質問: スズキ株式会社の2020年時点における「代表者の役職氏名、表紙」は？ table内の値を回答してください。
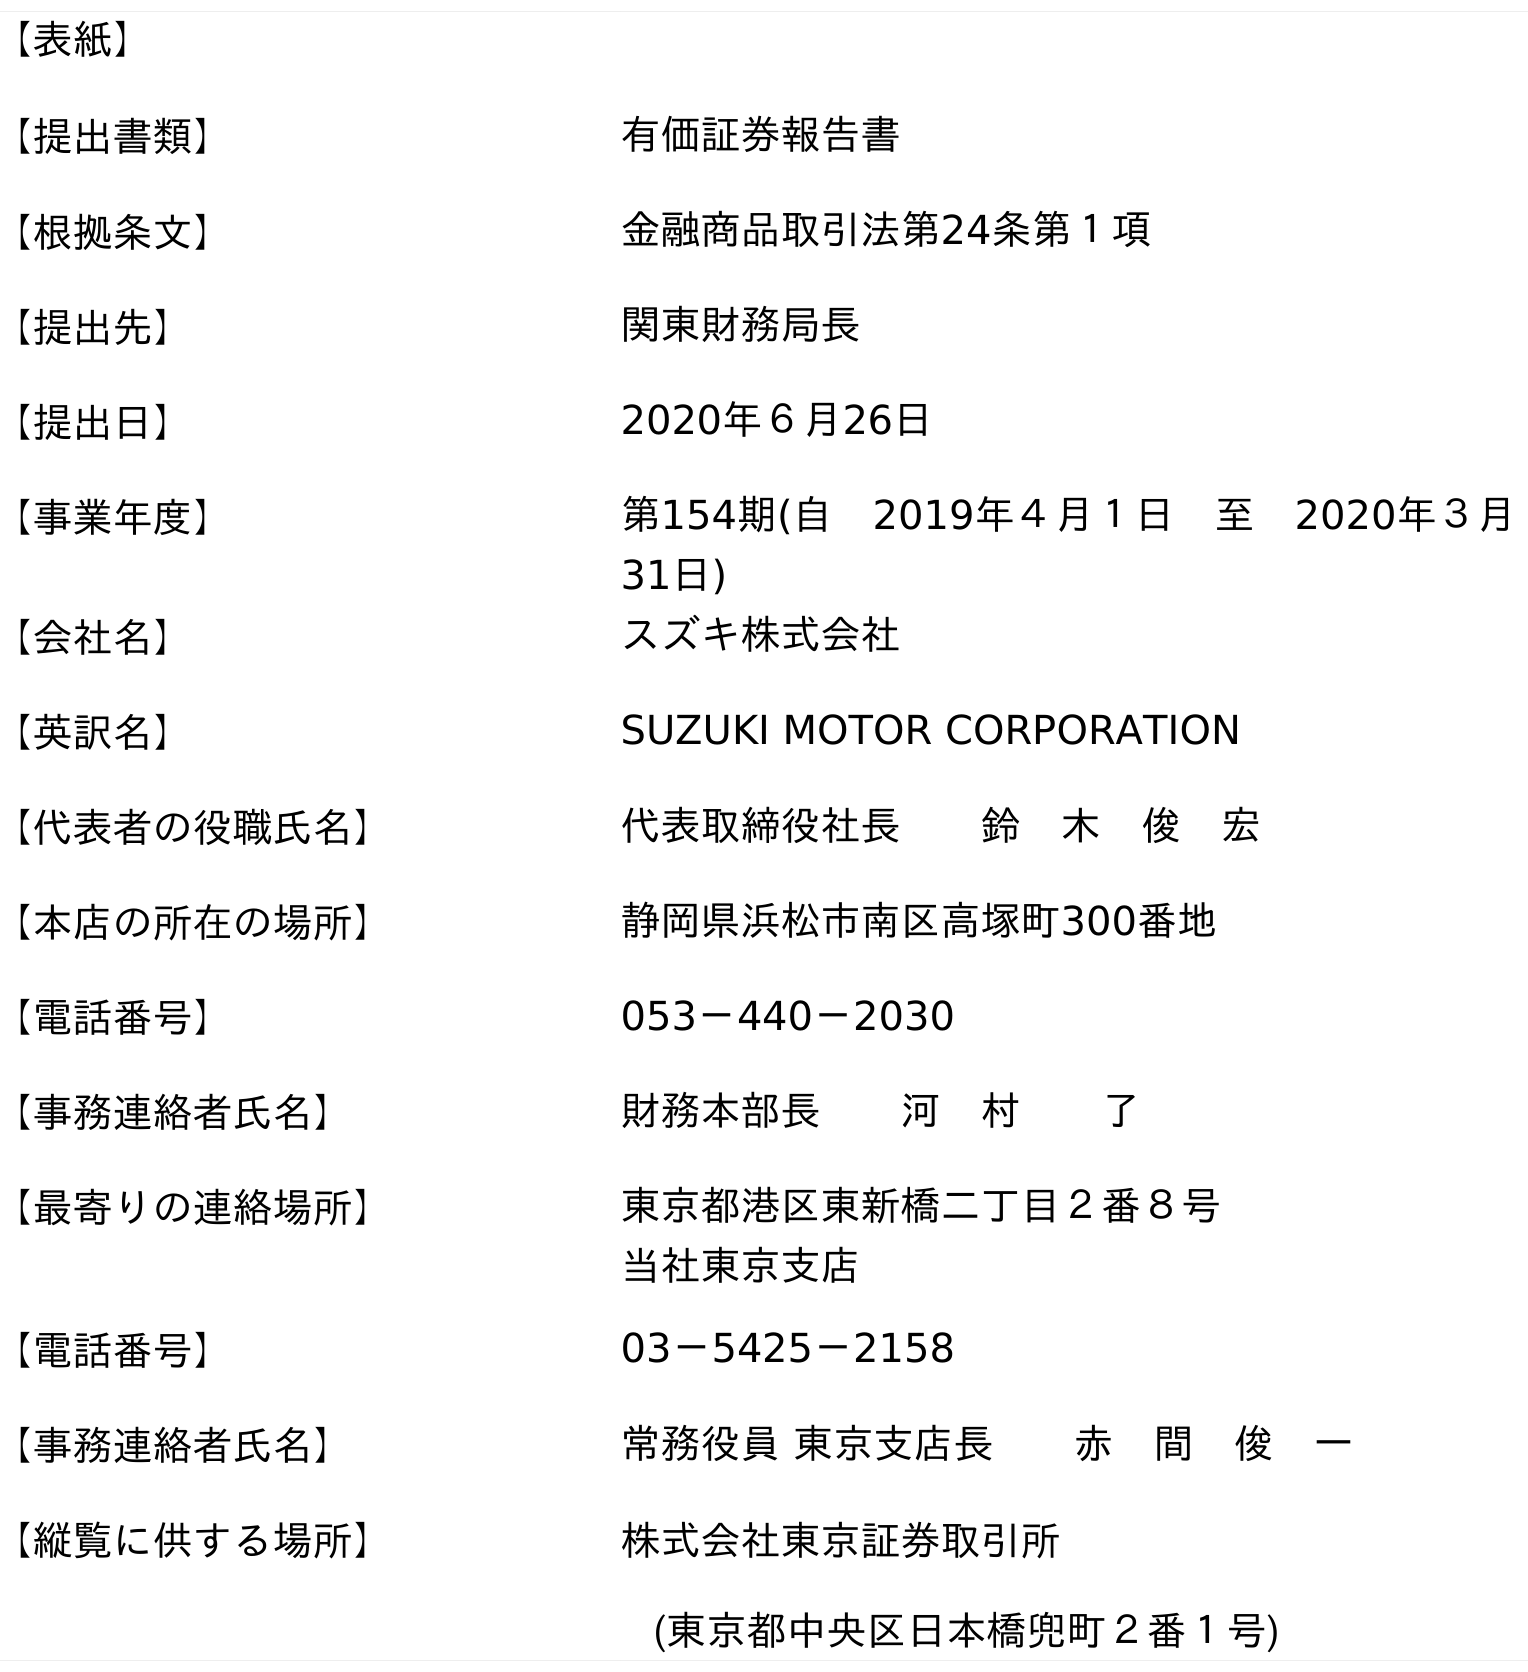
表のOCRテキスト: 【表紙】 【提出書類】 有価証券報告書 【根拠条文】 金融商品取引法第24条第１項 【提出先】 関東財務局長 【提出日】 2020年６月26日 【事業年度】 第154期(自 2019年４月１日 至 2020年３月 31日) 【会社名】 スズキ株式会社 【英訳名】 SUZUKI MOTOR CORPORATION 【代表者の役職氏名】 代表取締役社長  鈴 木 俊 宏 【本店の所在の場所】 静岡県浜松市南区高塚町300番地 【電話番号】 053－440－2030 【事務連絡者氏名】 財務本部長  河 村  了 【最寄りの連絡場所】 東京都港区東新橋二丁目２番８号 当社東京支店 【電話番号】 03－5425－2158 【事務連絡者氏名】 常務役員 東京支店長  赤 間 俊 一 【縦覧に供する場所】 株式会社東京証券取引所 (東京都中央区日本橋兜町２番１号)
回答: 代表取締役社長鈴　木　俊　宏